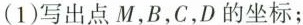
(1)写出点M，B，C，D的坐标；